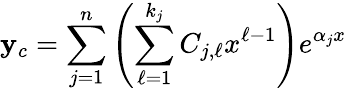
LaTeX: \mathbf{y}_{c}=\sum_{j=1}^{n}\left(\sum_{\ell=1}^{k_{j}}C_{j,\ell}x^{\ell-1}\right)e^{\alpha_{j}x}\,